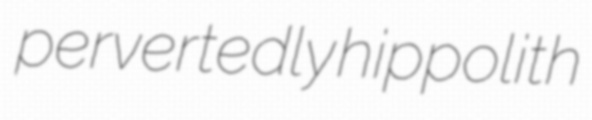
pervertedly hippolith